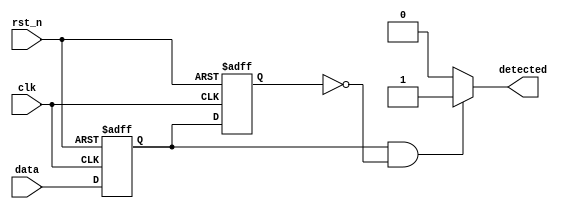
module dual_ff_detector (
    input wire clk,            // Clock signal
    input wire rst_n,         // Asynchronous active-low reset
    input wire data,          // Primary input signal
    output reg detected       // Output signal indicating detection
);

    // Internal signals to hold the states of the flip-flops
    reg ff1, ff2;

    // Asynchronous reset and state capture on rising edge of clock
    always @(posedge clk or negedge rst_n) begin
        if (!rst_n) begin
            ff1 <= 1'b0;        // Reset flip-flop 1
            ff2 <= 1'b0;        // Reset flip-flop 2
        end else begin
            ff1 <= data;        // Capture the current state of data
            ff2 <= ff1;         // Capture the previous state of ff1
        end
    end

    // Detection logic based on the states of the flip-flops
    always @(*) begin
        // Example detection logic: detect rising edge
        if (ff1 && !ff2) begin
            detected = 1'b1;    // Rising edge detected
        end else begin
            detected = 1'b0;    // No detection
        end
    end

endmodule